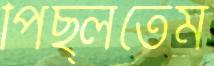
পিছ্‌লতেম